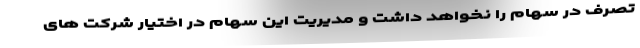
تصرف در سهام را نخواهد داشت و مدیریت این سهام در اختیار شرکت های